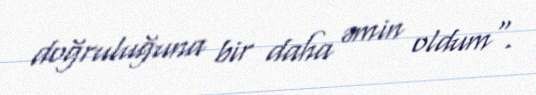
doğruluğuna bir daha əmin oldum".